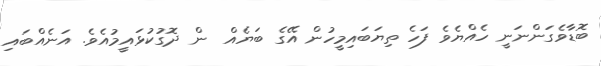
ބޮޑާވެގަންނަނީ ހެއްޔެވެ ފަހެ ތިޔަބައިމީހުން އޭގެ ބަޔެއް  ން ދޮގުކުޅައީމުއެވެ. އަނެއްބައި